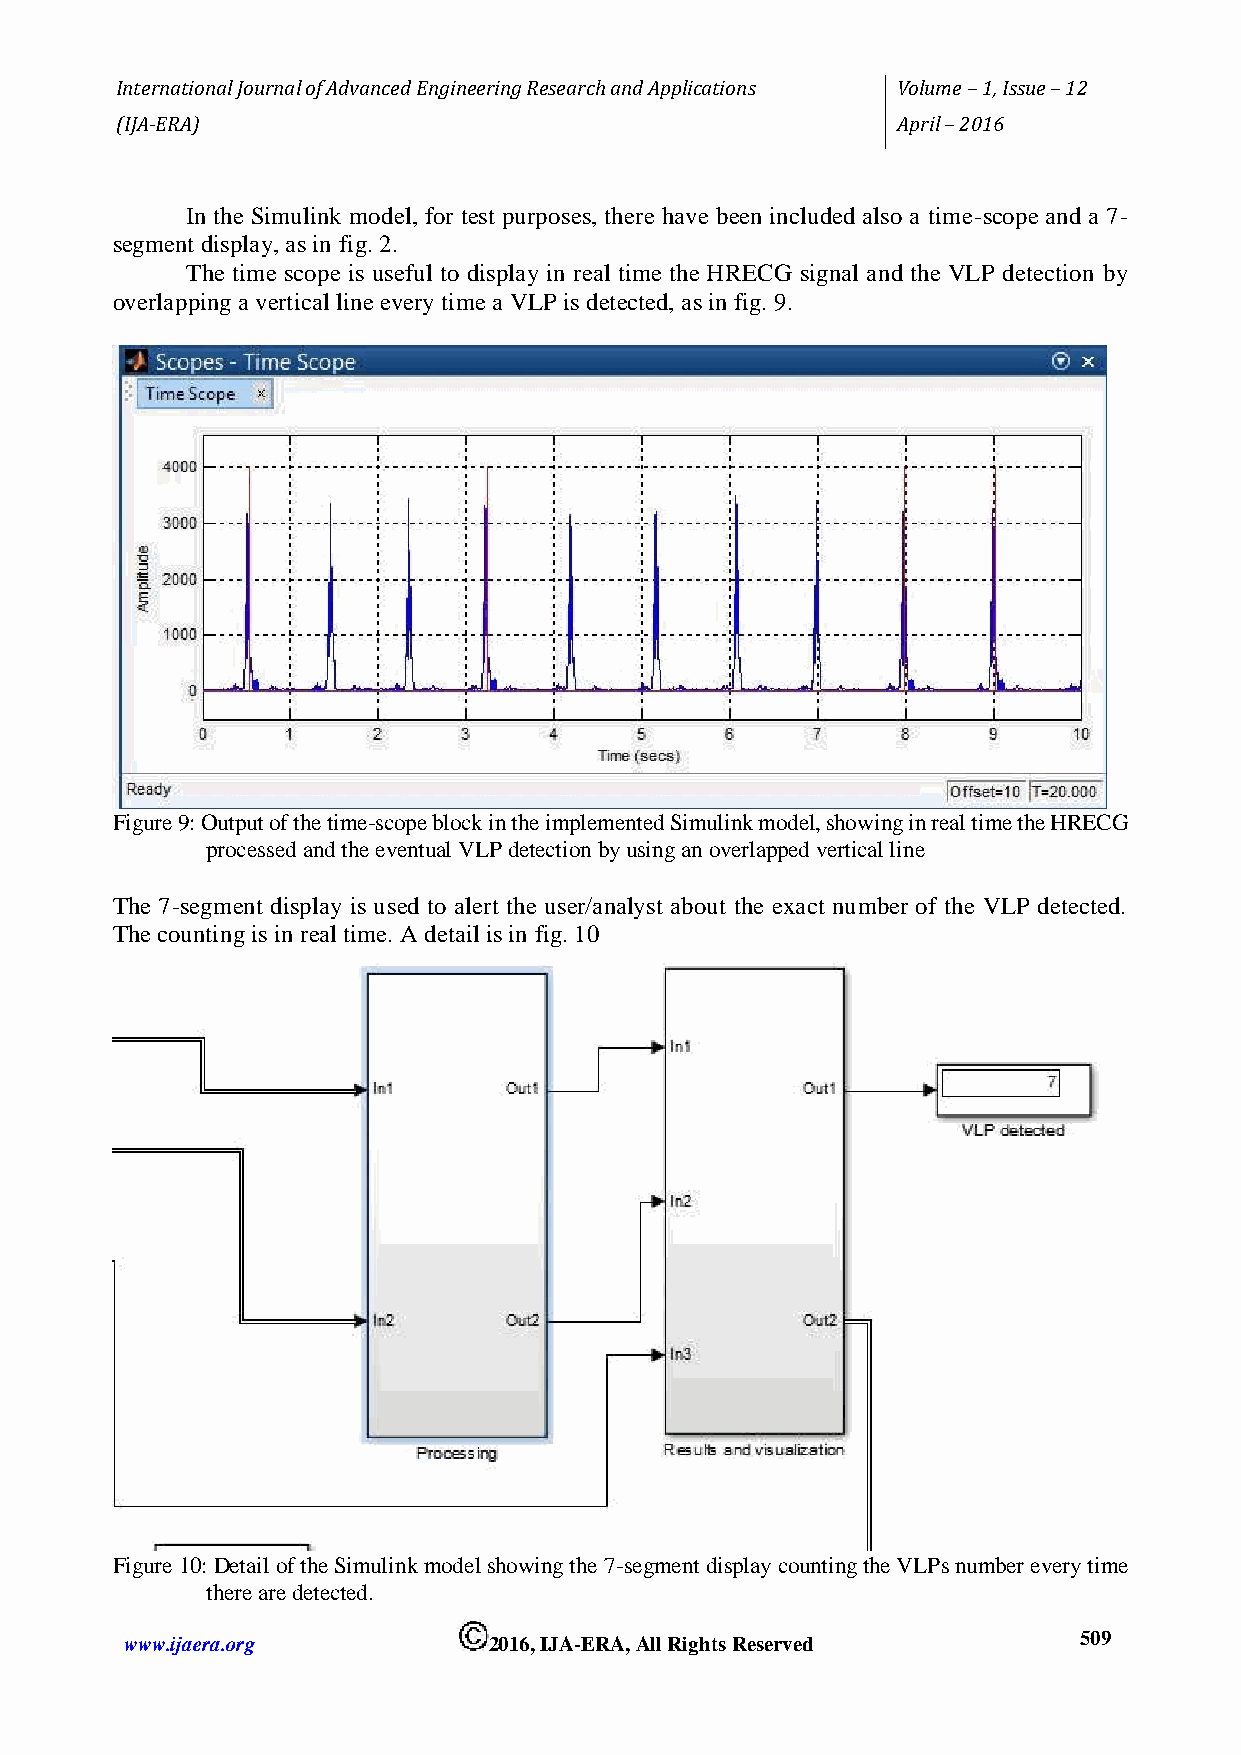
International Journal of Advanced Engineering Research and Applications Volume – 1, Issue – 12
 (IJA-ERA)                                          April – 2016
 In the Simulink model, for test purposes, there have been included also a time-scope and a 7-
 segment display, as in fig. 2.
 The time scope is useful to display in real time the HRECG signal and the VLP detection by
 overlapping a vertical line every time a VLP is detected, as in fig. 9.
 Figure 9: Output of the time-scope block in the implemented Simulink model, showing in real time the HRECG
 processed and the eventual VLP detection by using an overlapped vertical line
 The 7-segment display is used to alert the user/analyst about the exact number of the VLP detected.
 The counting is in real time. A detail is in fig. 10
 Figure 10: Detail of the Simulink model showing the 7-segment display counting the VLPs number every time
 there are detected.
 www.ijaera.org          2016, IJA-ERA, All Rights Reserved     5 0 9